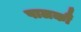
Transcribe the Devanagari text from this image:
पालकौं